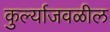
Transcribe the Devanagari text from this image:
कुर्ल्याजवळील